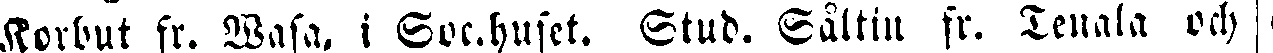
Korbut fr. Wasa. i Soc.huset. Stud. Såltin fr. Tenala och |